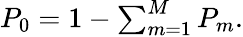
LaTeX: \begin{array}{r}{P_{0}=1-\sum_{m=1}^{M}P_{m}.}\end{array}